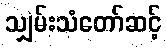
သျှမ်းသံတော်ဆင့်